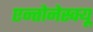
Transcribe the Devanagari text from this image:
एन्तोनेस्क्यू